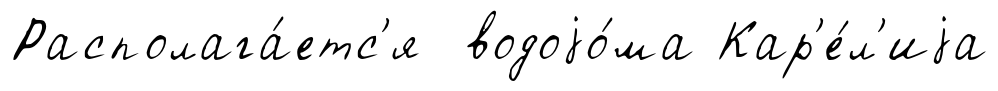
Располага́етс'я водоjо́ма Кар'е́л'иjа